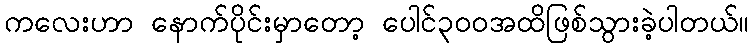
ကလေးဟာ နောက်ပိုင်းမှာတော့ ပေါင်၃၀၀အထိဖြစ်သွားခဲ့ပါတယ်။